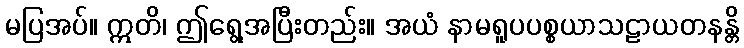
မပြအပ်။ ဣတိ၊ ဤရွေ့အပြီးတည်း။ အယံ နာမရူပပစ္စယာသဠာယတနန္တိ